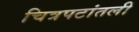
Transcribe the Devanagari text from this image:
चित्रपटांतली